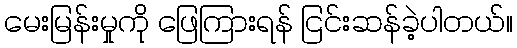
မေးမြန်းမှုကို ဖြေကြားရန် ငြင်းဆန်ခဲ့ပါတယ်။